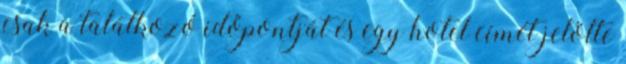
csak a találkozó időpontját és egy hotel címét jelölte